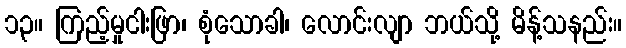
၁၃။ ကြည့်မှုငါးဖြာ၊ စုံသောခါ၊ လောင်းလျာ ဘယ်သို့ မိန့်သနည်း။